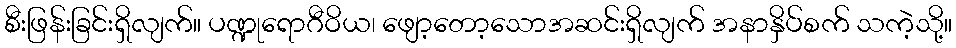
စီးဖြန်းခြင်းရှိလျက်။ ပဏ္ဍုရောဂီဝိယ၊ ဖျော့တော့သောအဆင်းရှိလျက် အနာနှိပ်စက် သကဲ့သို့။